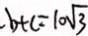
b + c = 1 0 \sqrt { 3 }